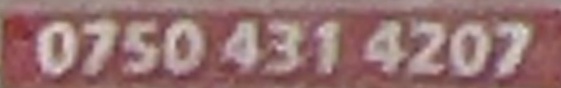
0750 431 4207